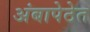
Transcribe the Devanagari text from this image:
अंबापेठेत